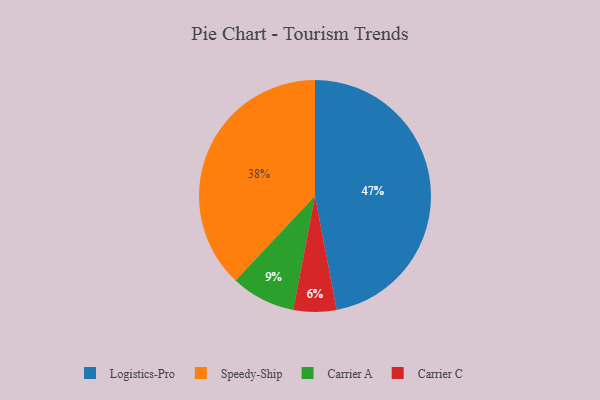
{"axis": {"x": "Category", "y": "Percentage"}, "legend": ["Carrier A", "Carrier C", "Logistics-Pro", "Speedy-Ship"], "data": [{"x": "Logistics-Pro", "y": 47, "type": "Logistics-Pro"}, {"x": "Carrier C", "y": 6, "type": "Carrier C"}, {"x": "Carrier A", "y": 9, "type": "Carrier A"}, {"x": "Speedy-Ship", "y": 38, "type": "Speedy-Ship"}]}